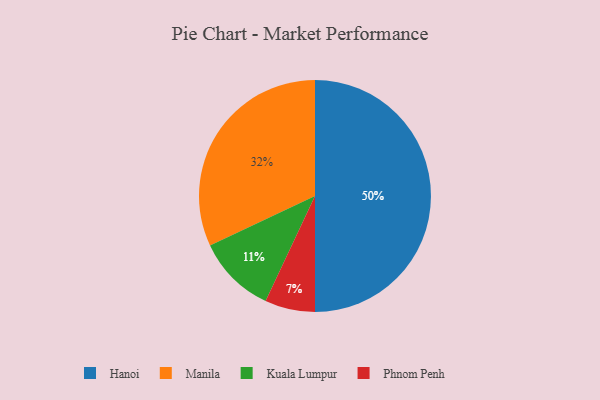
{"axis": {"x": "Category", "y": "Percentage"}, "legend": ["Hanoi", "Kuala Lumpur", "Manila", "Phnom Penh"], "data": [{"x": "Kuala Lumpur", "y": 11, "type": "Kuala Lumpur"}, {"x": "Manila", "y": 32, "type": "Manila"}, {"x": "Hanoi", "y": 50, "type": "Hanoi"}, {"x": "Phnom Penh", "y": 7, "type": "Phnom Penh"}]}